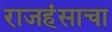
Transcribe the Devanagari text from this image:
राजहंसाचा